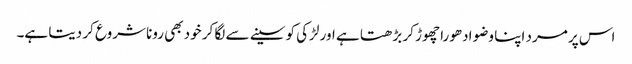
اس پر مرد اپنا وضو ادھورا چھوڑ کر بڑھتا ہے اور لڑکی کو سینے سے لگا کر خود بھی رونا شروع کر دیتا ہے۔